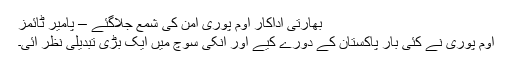
بھارتی اداکار اوم پوری امن کی شمع جلاگئے – پامیر ٹائمز
اوم پوری نے کئی بار پاکستان کے دورے کیے اور انکی سوچ میں ایک بڑی تبدیلی نظر آئی۔